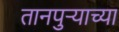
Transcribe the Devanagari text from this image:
तानपुऱ्याच्या